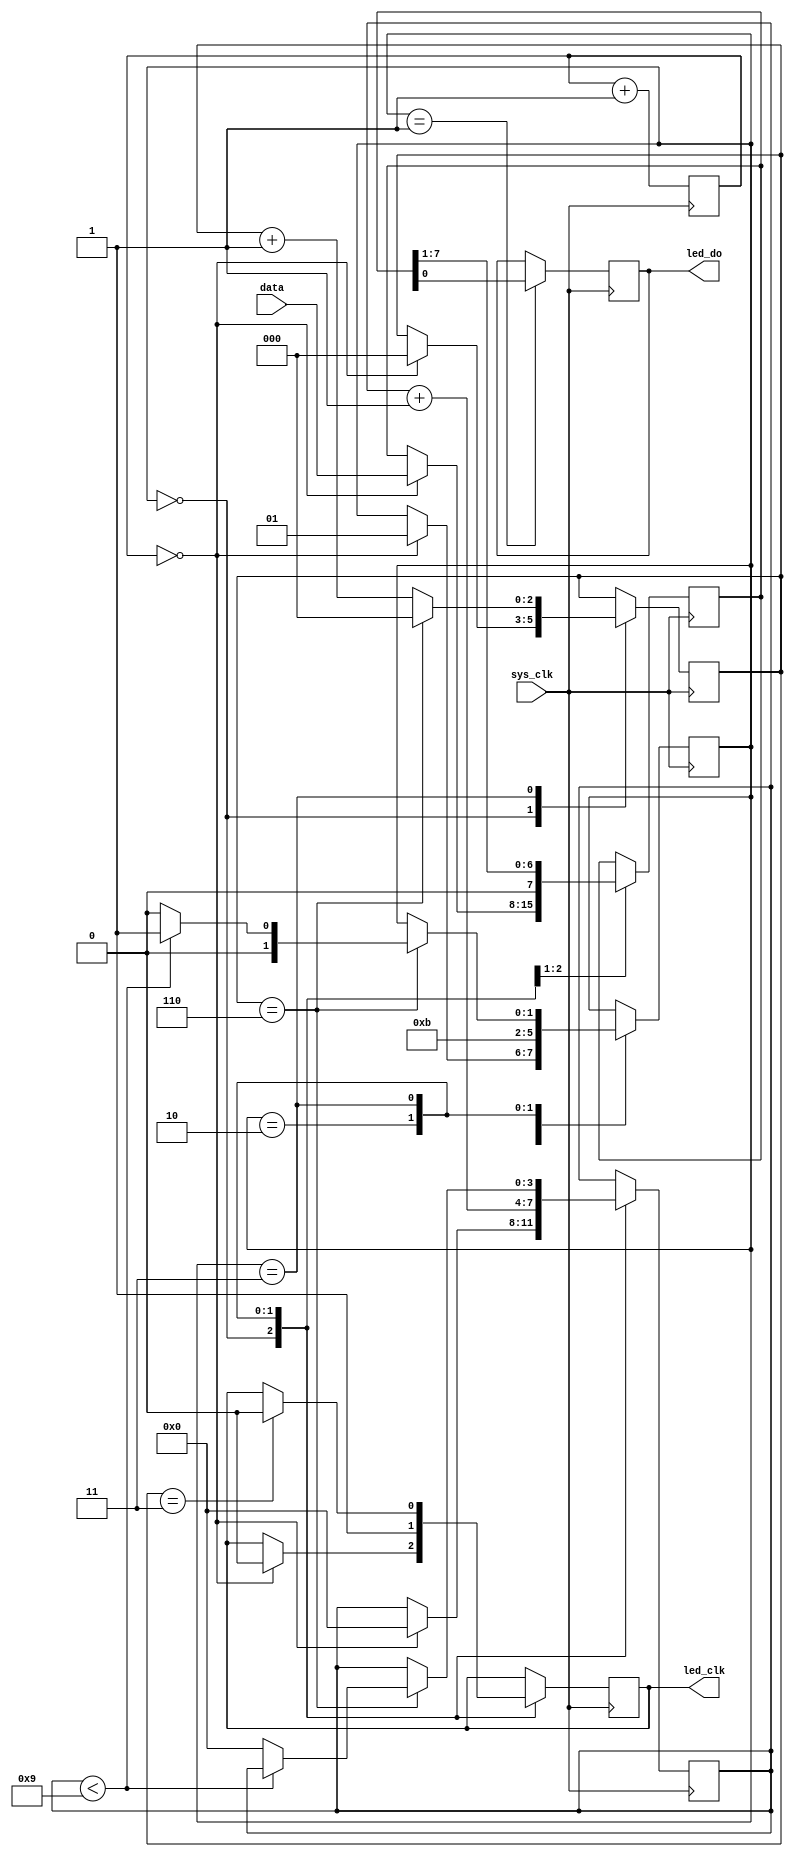
module sw2ledarray
#(
    parameter LED_HZ        = 1000,
    parameter SYSCLK_F      = 12000000,
    parameter LED_SHIFT_HZ  = 2000000,
    parameter DIMMING_STEPS = 256
)
(
    input                   sys_clk,
    input                   [(LED_CT - 1):0] data,
    
    output reg              led_do,
    output reg              led_clk
);

    localparam DIM_RES = $clog2(DIMMING_STEPS);
    
    localparam LED_CT = 8;

    localparam LED_TIME_CYC         = SYSCLK_F / LED_HZ;
    localparam LED_TIME_W           = $clog2(LED_TIME_CYC);

    reg [(LED_TIME_W - 1):0] led_refresh_ctr;

    localparam SHIFT_TIME_CYC       = SYSCLK_F / LED_SHIFT_HZ;
    localparam SHIFT_TIME_W         = $clog2(SHIFT_TIME_CYC);

    reg [(SHIFT_TIME_W - 1):0] led_shift_ctr;

    reg [(LED_CT - 1):0] shifto;
    reg [3:0] shift_ctr;

    reg [1:0] oa_state;
    localparam IDLE     = 2'h0;
    localparam DOUT     = 2'h1;
    localparam SHIFT_H  = 2'h2;
    localparam SHIFT_L  = 2'h3;

    

    initial begin
        led_do          = 0;
        led_clk         = 0;
        led_refresh_ctr = 0;
        led_shift_ctr   = 0;
        shifto          = 0;
        oa_state        = 0;
        shift_ctr       = 0;
    end


    always @ (posedge sys_clk) begin
        led_refresh_ctr <= led_refresh_ctr + 1;
    end

    always @ (posedge sys_clk) begin
        case (oa_state)
            IDLE: begin
                if(!led_refresh_ctr) begin
                    oa_state        <= DOUT;
                    shifto          <= data;
                    led_clk         <= 1'b0;
                    led_shift_ctr   <= 0;
                    shift_ctr       <= 0;
                end
            end
            DOUT: begin
                led_do      <= shifto[0];
                oa_state    <= SHIFT_H;
            end
            SHIFT_H: begin
                
                shifto      <= shifto >> 1;
                shift_ctr   <= shift_ctr + 1;
                led_clk     <= 1'b1;
                oa_state    <= SHIFT_L;
            end
            SHIFT_L: begin
                led_shift_ctr <= led_shift_ctr + 1;
                if(led_shift_ctr == (SHIFT_TIME_CYC / 2)) led_clk <= 1'b0;
                if(led_shift_ctr == SHIFT_TIME_CYC) begin
                    if(shift_ctr < (LED_CT + 1)) oa_state  <= DOUT;
                    else begin
                        oa_state        <= IDLE;
                        shift_ctr       <= 0;
                    end
                    led_shift_ctr       <= 0;
                end
            end
        endcase
    end
endmodule